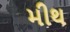
મીથ